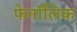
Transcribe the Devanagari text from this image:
फेनॉलिक